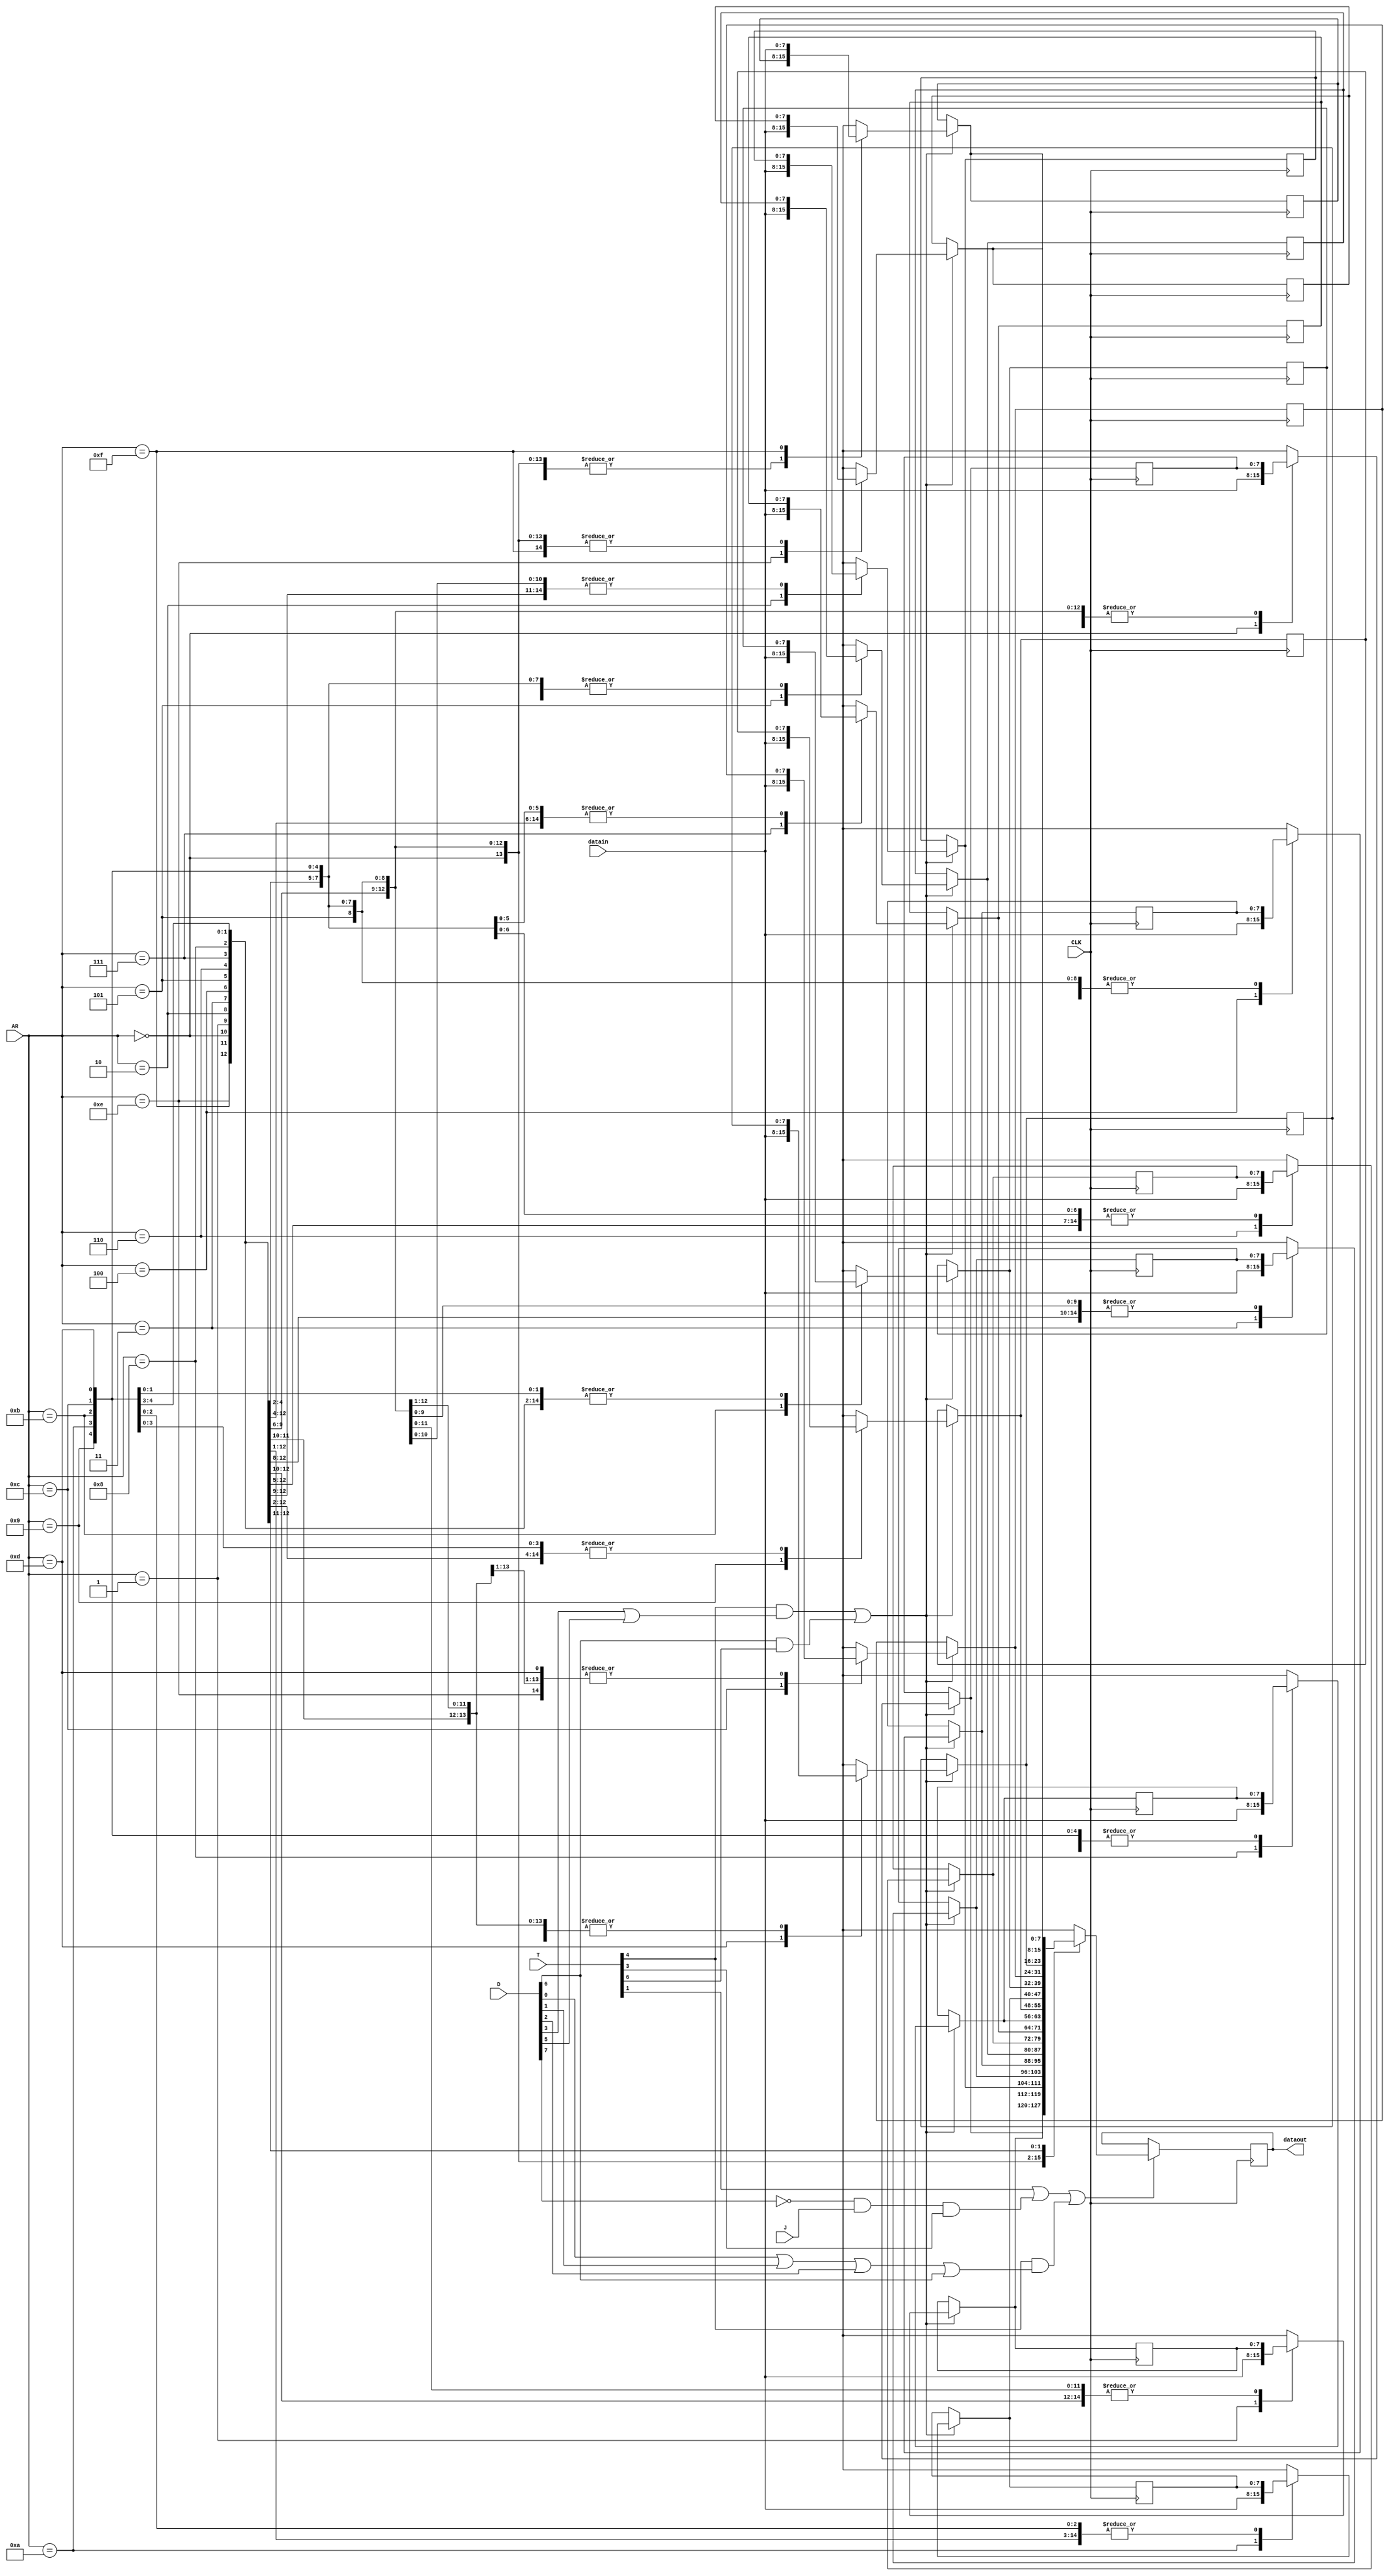
`timescale 1ns / 1ps
//////////////////////////////////////////////////////////////////////////////////
// Company: 
// Engineer: 
// 
// Design Name: 
// Module Name: Memory
// Project Name: 
// Target Devices: 
// Tool Versions: 
// Description: 
// 
// Dependencies: 
// 
// Revision:
// Revision 0.01 - File Created
// Additional Comments:
// 
//////////////////////////////////////////////////////////////////////////////////


module memory(
    input CLK,
    input J,
    input  [7:0]D ,
    input  [7:0] T,
    //input R,W,        // write (actve low) and read active(high)
    input [3:0] AR,  //address regester 4-bit
    input [7:0] datain,
    output reg  [7:0] dataout
    );
    wire R;
    wire W;
      /// operation_selecction W6(.D(D),.J(J));
       ///Timer W7 (.T(T)); 
    
   // Address_Regester U0(.AR(AR));
    assign R = T[1] || (~D[7] && J && T[3]) ||  (T[4] &&(D[0]||D[1]||D[2]||D[6]));
    assign W = (T[4] && (D[3]||D[5])) || (D[6] &&T[6]);      

    reg [7:0] m [15:0] ; //16 memory locatins and 8 word length
    // PC and AR=4_BIT , THE REST OF REGESTERS IS 8_BIT
    initial begin
    
     // MEMORY REFERENCE(DIRECT):-
         m[0]=8'h0a;   //AND
         m[1]=8'h1b;   //ADD
         m[2]=8'h2c;   //LDA
         m[3]=8'h3d;   //STA
         m[4]=8'h4e;   //BUN
         m[5]=8'h5f;   //BSA
         m[6]=8'h60;   //ISZ
         
    //MEMORY REFERENCE(INDIRECT):-
         m[7]=8'h81;   //AND
         m[8]=8'h92;   //ADD
         m[9]=8'ha3;   //LDA
         m[10]=8'hb4;  //STA
         m[11]=8'hc5;  //BUN
         
     // REGESTER REFERENCE   
         m[12]=8'h78;  //CLA
         m[13]=8'h74;  //CMA
         m[14]=8'h72;  //CIR
         m[15]=8'h71;  //CLA
      
     end
    
    always@ (posedge CLK)
    begin
        if(W)  //DESTINATION
        begin
           m[AR] = datain;
        end
        if (R)  //SOURCE
        begin
           dataout =  m[AR];
        end
        
     end  
    
  //  assign dataout = R ? temp_data : 'hzz;
    
endmodule